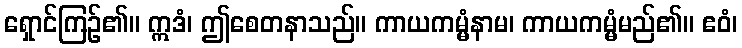
ရှောင်ကြဉ်၏။ ဣဒံ၊ ဤစေတနာသည်။ ကာယကမ္မံနာမ၊ ကာယကမ္မံမည်၏။ ဧဝံ၊